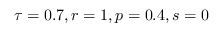
\tau = 0 . 7 , r = 1 , p = 0 . 4 , s = 0